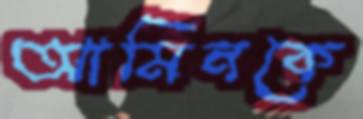
আমিনকে